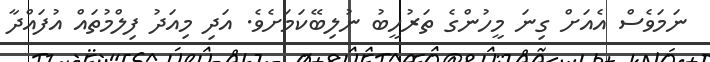
ނަމަވެސް އެއަށް ގިނަ މީހުންގެ ތަރުހީބު ނުލިބޭކަމަށެވެ. އަދި މިއަދު ފިލްމުތައް އުފައްދާ